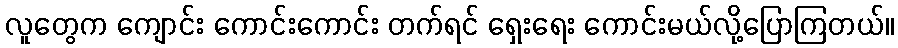
လူတွေက ကျောင်း ကောင်းကောင်း တက်ရင် ရှေးရေး ကောင်းမယ်လို့ပြောကြတယ်။